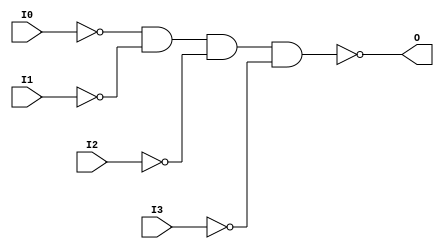
// $Header: /devl/xcs/repo/env/Databases/CAEInterfaces/verunilibs/data/unisims/NAND4B4.v,v 1.6 2007/05/23 21:43:39 patrickp Exp $
///////////////////////////////////////////////////////////////////////////////
// Copyright (c) 1995/2004 Xilinx, Inc.
// All Right Reserved.
///////////////////////////////////////////////////////////////////////////////
//   ____  ____
//  /   /\/   /
// /___/  \  /    Vendor : Xilinx
// \   \   \/     Version : 10.1
//  \   \         Description : Xilinx Functional Simulation Library Component
//  /   /                  4-input NAND Gate
// /___/   /\     Filename : NAND4B4.v
// \   \  /  \    Timestamp : Thu Mar 25 16:42:57 PST 2004
//  \___\/\___\
//
// Revision:
//    03/23/04 - Initial version.
//    05/23/07 - Changed timescale to 1 ps / 1 ps.
//    05/23/07 - Added wire declaration for internal signals.

`timescale  1 ps / 1 ps


module NAND4B4 (O, I0, I1, I2, I3);

    output O;

    input  I0, I1, I2, I3;

    wire i0_inv;
    wire i1_inv;
    wire i2_inv;
    wire i3_inv;

    not N3 (i3_inv, I3);
    not N2 (i2_inv, I2);
    not N1 (i1_inv, I1);
    not N0 (i0_inv, I0);
    nand A1 (O, i0_inv, i1_inv, i2_inv, i3_inv);


endmodule